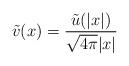
LaTeX: \begin{align*} \tilde v (x) = \frac{\tilde u(|x|)}{\sqrt{4\pi}|x|} \end{align*}